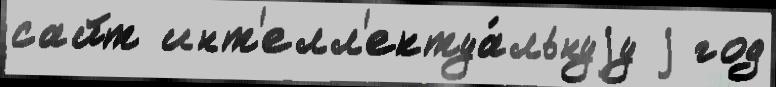
сайт инт'елл'ектуа́льнуjу j год